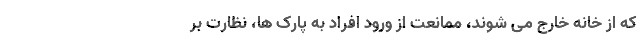
که از خانه خارج می شوند، ممانعت از ورود افراد به پارک ها، نظارت بر